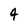
Character: 4